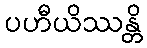
ပဟီယိဿန္တိ